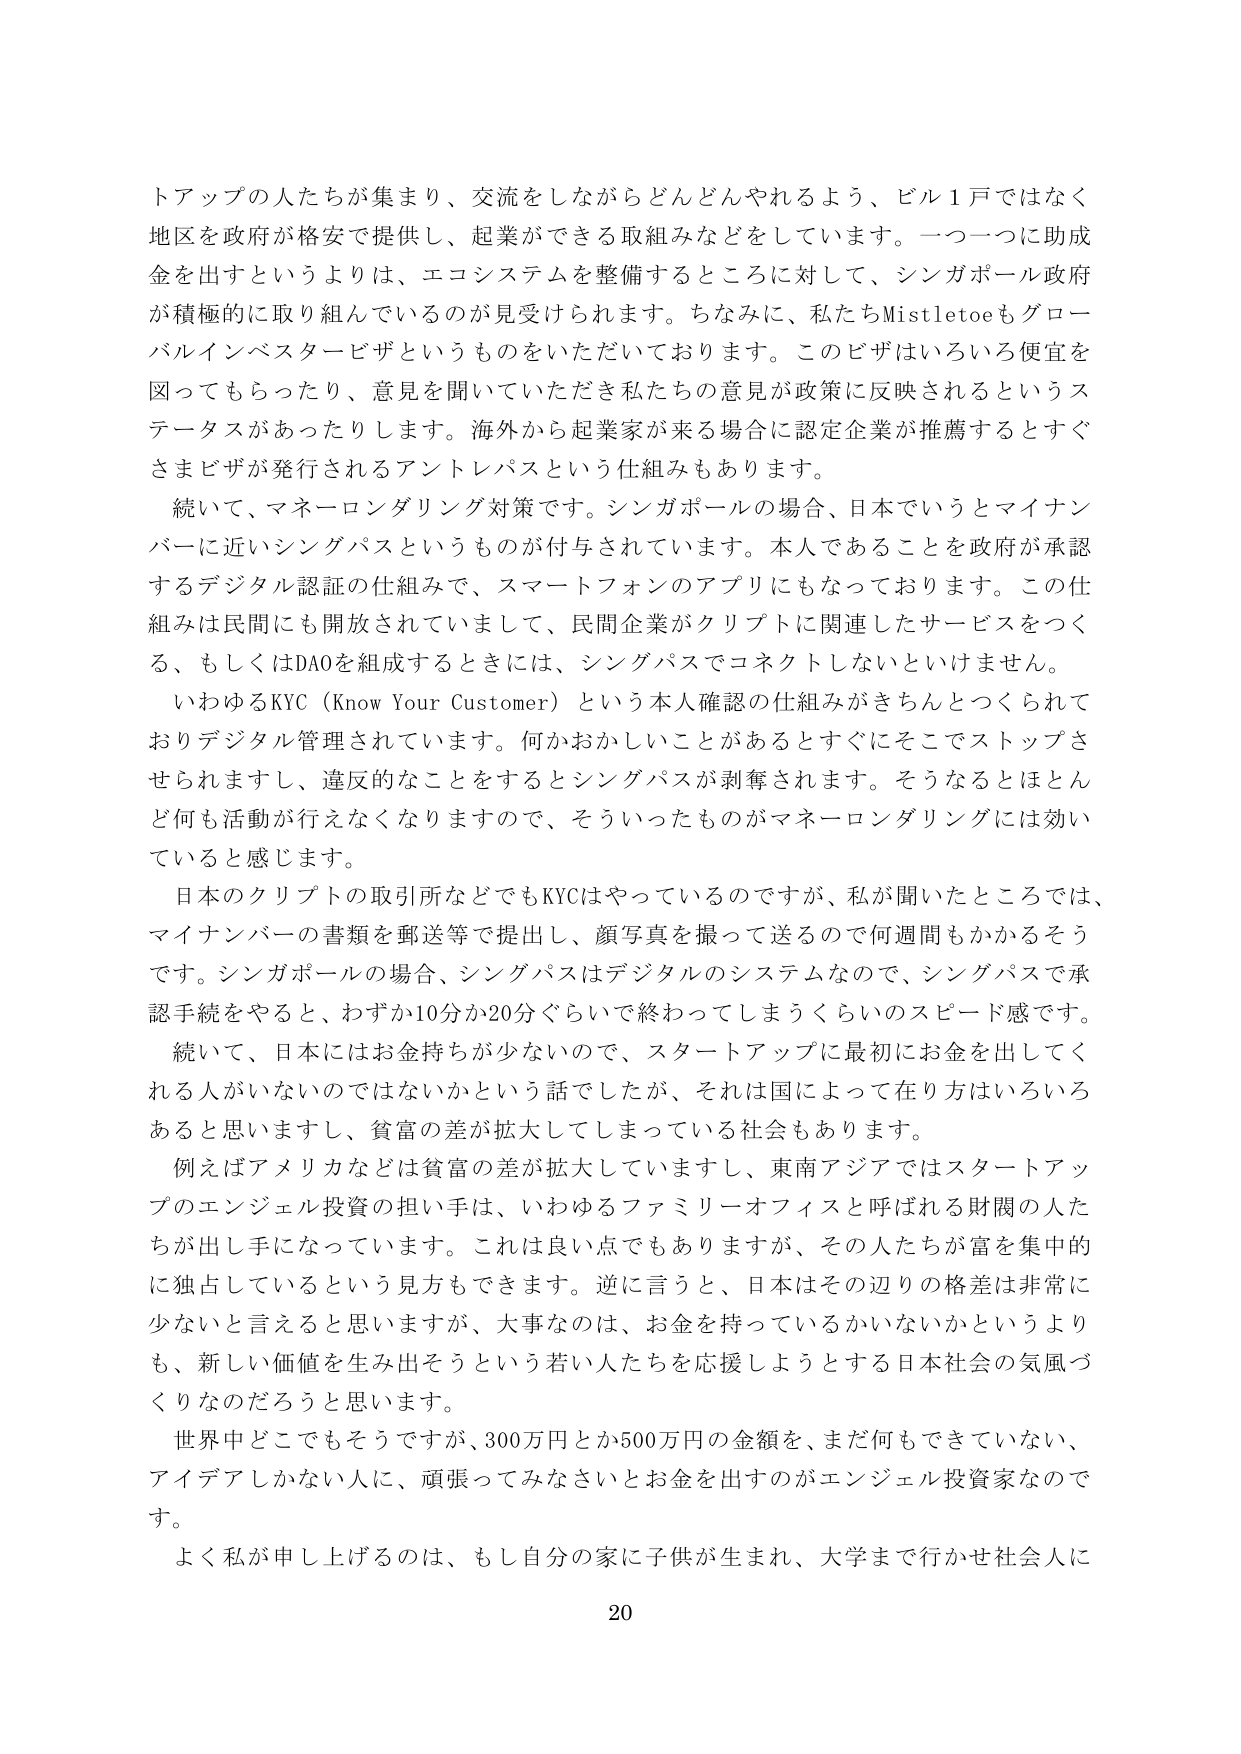
トアップの人たちが集まり、交流をしながらどんどんやれるよう、ビル１戸ではなく地区を政府が格安で提供し、起業ができる取組みなどをしています。一つ一つに助成金を出すというよりは、エコシステムを整備するところに対して、シンガポール政府が積極的に取り組んでいるのが見受けられます。ちなみに、私たちMistletoeもグローバルインベスタービザというものをいただいております。このビザはいろいろ便宜を図ってもらったり、意見を聞いていただき私たちの意見が政策に反映されるというステータスがあったりします。海外から起業家が来る場合に認定企業が推薦するとすぐさまビザが発行されるアントレパスという仕組みもあります。

続いて、マネーロンダリング対策です。シンガポールの場合、日本でいうとマイナンバーに近いシングパスというものが付与されています。本人であることを政府が承認するデジタル認証の仕組みで、スマートフォンのアプリにもなっております。この仕組みは民間にも開放されていまして、民間企業がクリプトに関連したサービスをつくる、もしくはDAOを組成するときには、シングパスでコネクトしないといけません。

いわゆるKYC（Know Your Customer）という本人確認の仕組みがきちんとつくられておりデジタル管理されています。何かおかしいことがあるとすぐにそこでストップさせられますし、違反的なことをするとシングパスが剥奪されます。そうなるとほとんど何も活動が行えなくなりますので、そういったものがマネーロンダリングには効いていると感じます。

日本のクリプトの取引所などでもKYCはやっているのですが、私が聞いたところでは、マイナンバーの書類を郵送等で提出し、顔写真を撮って送るので何週間もかかるそうです。シンガポールの場合、シングパスはデジタルのシステムなので、シングパスで承認手続をやると、わずか10分か20分ぐらいで終わってしまうくらいのスピード感です。

続いて、日本にはお金持ちが少ないので、スタートアップに最初にお金を出してくれる人がいないのではないかという話でしたが、それは国によって在り方はいろいろあると思いますし、貧富の差が拡大してしまっている社会もあります。

例えばアメリカなどは貧富の差が拡大していますし、東南アジアではスタートアップのエンジェル投資の担い手は、いわゆるファミリーオフィスと呼ばれる財閥の人たちが出し手になっています。これは良い点でもありますが、その人たちが富を集中的に独占しているという見方もできます。逆に言うと、日本はその辺りの格差は非常に少ないと言えると思いますが、大事なのは、お金を持っているかいないかというよりも、新しい価値を生み出そうという若い人たちを応援しようとする日本社会の気風づくりなのだろうと思います。

世界中どこでもそうですが、300万円とか500万円の金額を、まだ何もできていない、アイデアしかない人に、頑張ってみなさいとお金を出すのがエンジェル投資家なのです。

よく私が申し上げるのは、もし自分の家に子供が生まれ、大学まで行かせ社会人に

20